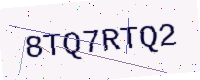
Text: 8TQ7RTQ2